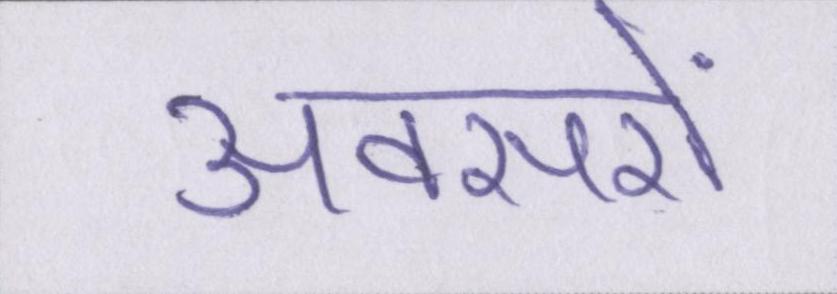
अवसरों